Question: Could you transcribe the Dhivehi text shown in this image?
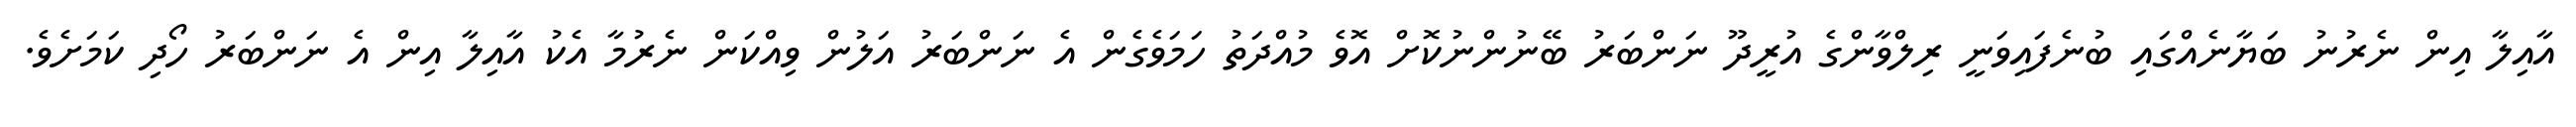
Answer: އާއިލާ އިން ނެރުނު ބަޔާނެއްގައި ބުނެފައިވަނީ ރިލްވާންގެ އުރީދޫ ނަންބަރު ބޭނުންނުކޮށް އޮވެ މުއްދަތު ހަމަވެގެން އެ ނަންބަރު އަލުން ވިއްކަން ނެރުމާ އެކު އާއިލާ އިން އެ ނަންބަރު ހޯދި ކަމަށެވެ.